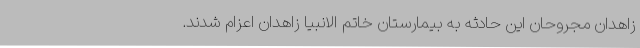
زاهدان مجروحان این حادثه به بیمارستان خاتم الانبیا زاهدان اعزام شدند.